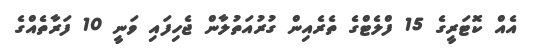
އެއް ކޮޓަރީގެ 15 ފްލެޓްގެ ތެރެއިން ގުރުއަތުލާން ޖެހިފައި ވަނީ 10 ފަރާތެއްގެ